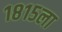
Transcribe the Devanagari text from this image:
१८१५ला